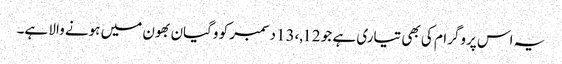
یہ اس پروگرام کی بھی تیاری ہے جو 12,،13دسمبر کو وگیان بھون میں ہونے والا ہے۔